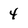
Character: 4